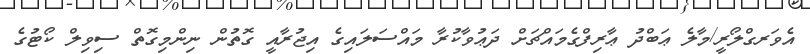
އެވަރގްލޯރީ/މާލެ ޢަބްދު ޢާރިފްގެމައްޗަށް ދަޢުވާކުރާ މައްސަލައިގެ އިޖުރާއީ ގޮތުން ނިންމިގޮތް ސިވިލް ކޯޓުގެ